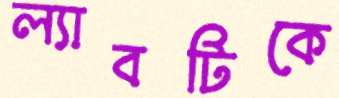
ল্যাবটিকে